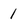
Character: 1